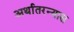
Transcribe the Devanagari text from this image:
अर्थातरन्यास